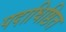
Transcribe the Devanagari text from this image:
पदाधिष्ठित